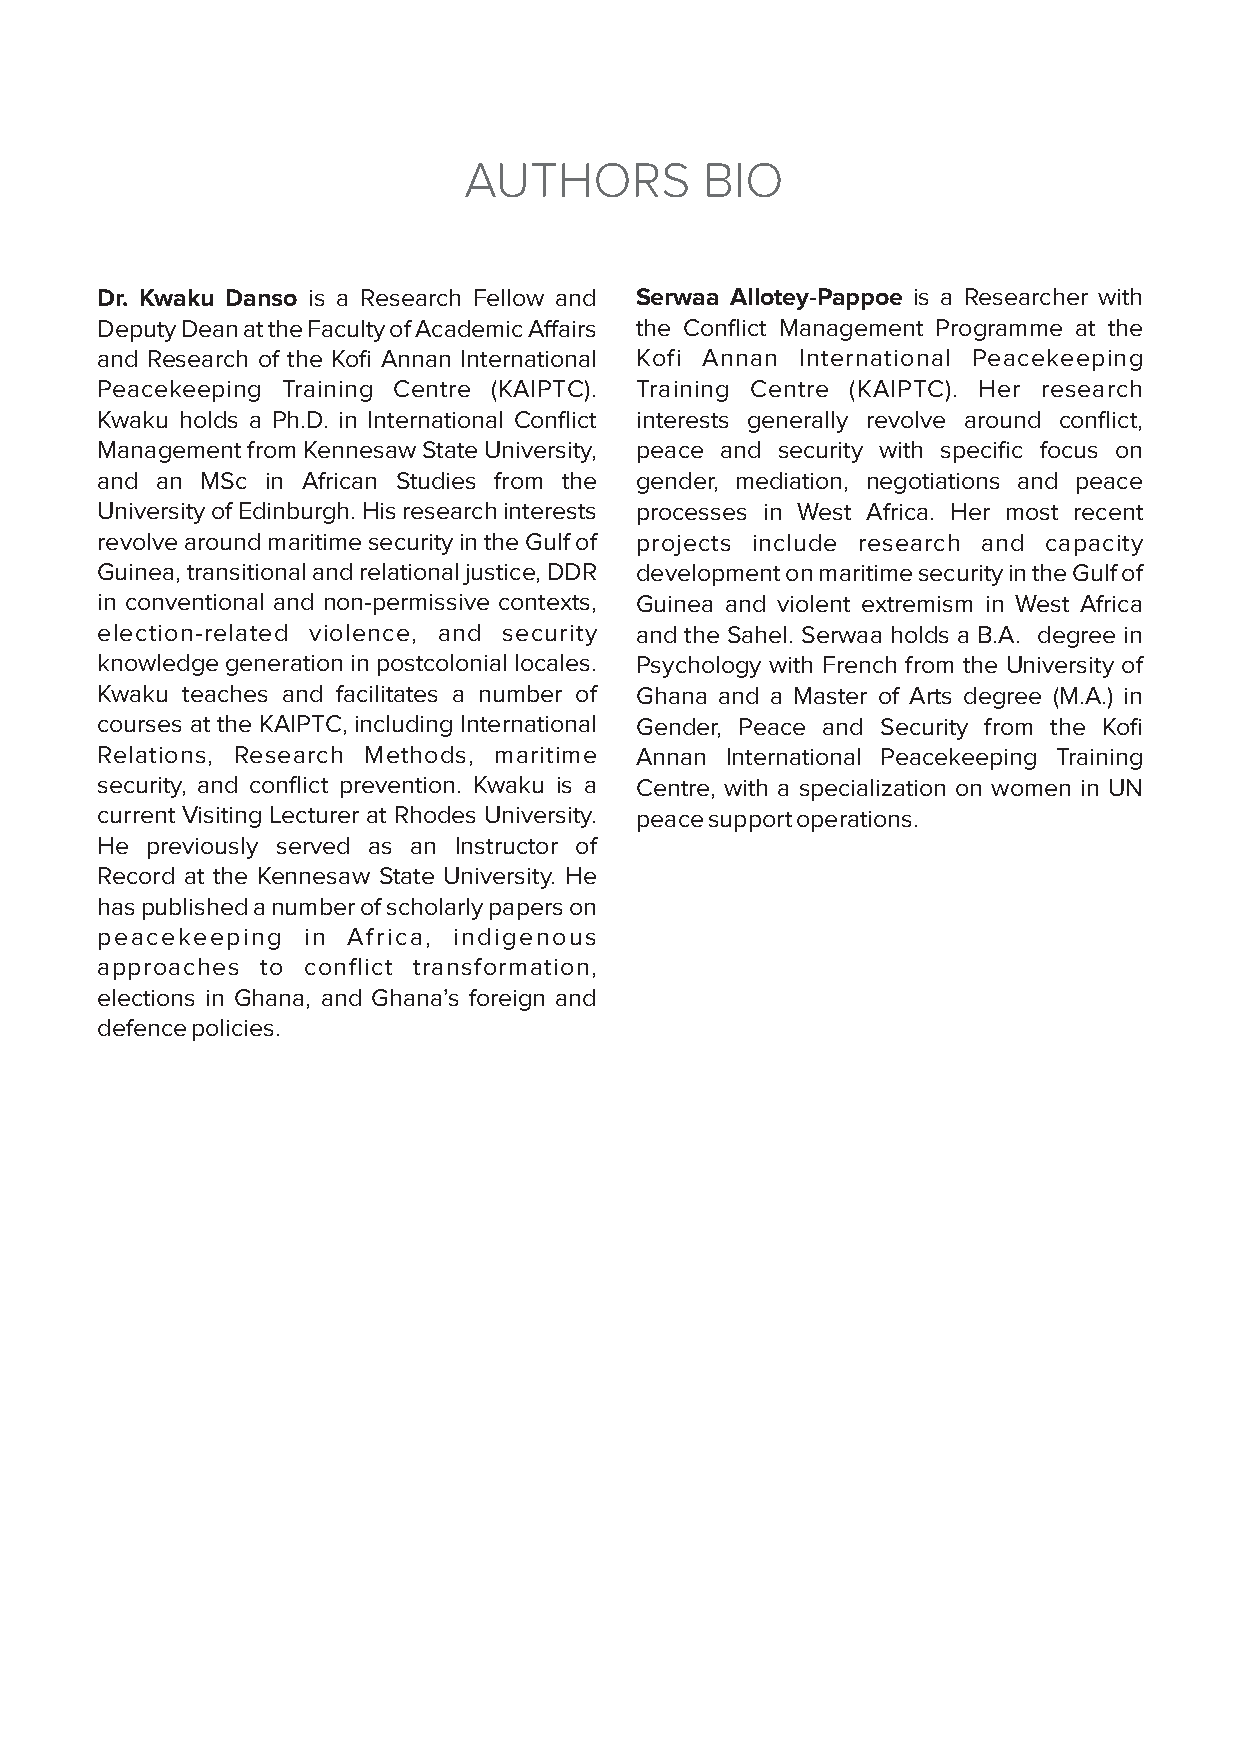
AUTHORS         BIO
 Dr. Kwaku Danso is a Research Fellow and Serwaa Allotey-Pappoe is a Researcher with
 Deputy Dean at the Faculty of Academic Affairs the Conflict Management Programme at the
 and Research of the Kofi Annan International Kofi Annan International Peacekeeping
 Peacekeeping Training Centre (KAIPTC). Training Centre (KAIPTC). Her research
 Kwaku holds a Ph.D. in International Conflict interests generally revolve around conflict,
 Management from Kennesaw State University, peace and security with specific focus on
 and an MSc  in African Studies from the gender, mediation, negotiations and peace
 University of Edinburgh. His research interests processes in West Africa. Her most recent
 revolve around maritime security in the Gulf of projects include research and capacity
 Guinea, transitional and relational justice, DDR development on maritime security in the Gulf of
 in conventional and non-permissive contexts, Guinea and violent extremism in West Africa
 election-related violence, and security and the Sahel. Serwaa holds a B.A. degree in
 knowledge generation in postcolonial locales. Psychology with French from the University of
 Kwaku teaches and facilitates a number of Ghana and a Master of Arts degree (M.A.) in
 courses at the KAIPTC, including International Gender, Peace and Security from the Kofi
 Relations, Research Methods, maritime Annan International Peacekeeping Training
 security, and conflict prevention. Kwaku is a Centre, with a specialization on women in UN
 current Visiting Lecturer at Rhodes University. peace support operations.
 He  previously served as an Instructor of
 Record at the Kennesaw State University. He
 has published a number of scholarly papers on
 peacekeeping  in Africa, indigenous
 approaches to conflict transformation,
 elections in Ghana, and Ghana’s foreign and
 defence policies.